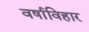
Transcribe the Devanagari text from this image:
वर्षाविहार